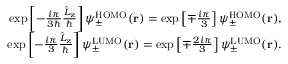
\begin{array} { r } { \exp \left[ - \frac { i \pi } { 3 \hbar } \frac { \hat { L } _ { z } } { \hbar } \right] \psi _ { \pm } ^ { \mathrm { H O M O } } ( \mathbf { r } ) = \exp \left[ \mp \frac { i \pi } { 3 } \right] \psi _ { \pm } ^ { \mathrm { H O M O } } ( \mathbf { r } ) , } \\ { \exp \left[ - \frac { i \pi } { 3 } \frac { \hat { L } _ { z } } { \hbar } \right] \psi _ { \pm } ^ { \mathrm { L U M O } } ( \mathbf { r } ) = \exp \left[ \mp \frac { 2 i \pi } { 3 } \right] \psi _ { \pm } ^ { \mathrm { L U M O } } ( \mathbf { r } ) . } \end{array}